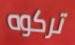
تركوه